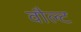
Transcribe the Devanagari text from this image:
वौल्ट